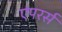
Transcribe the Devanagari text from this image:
एंपरर्स